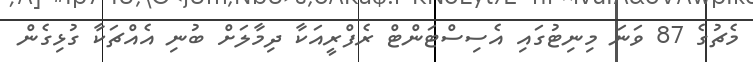
މެޗުގެ 87 ވަނަ މިނިޓުގައި އެސިސްޓަންޓް ރެފްރީއަކާ ދިމާލަށް ބުނި އެއްޗަކާ ގުޅިގެން